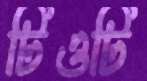
টিওটি